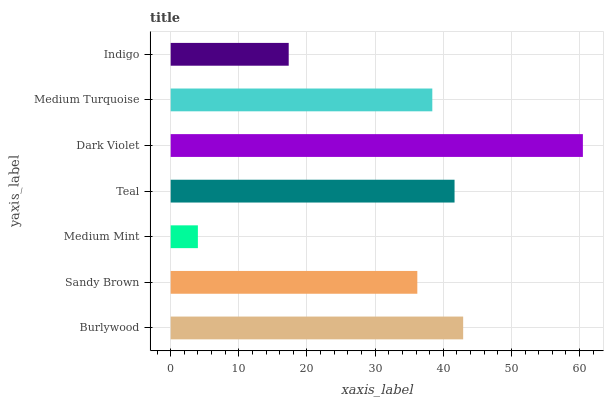
| yaxis_label | bars |
 | --- | --- |
 | Burlywood | 42.9 |
 | Sandy Brown | 36.2 |
 | Medium Mint | 3.99 |
 | Teal | 41.7 |
 | Dark Violet | 60.5 |
 | Medium Turquoise | 38.4 |
 | Indigo | 17.3 |